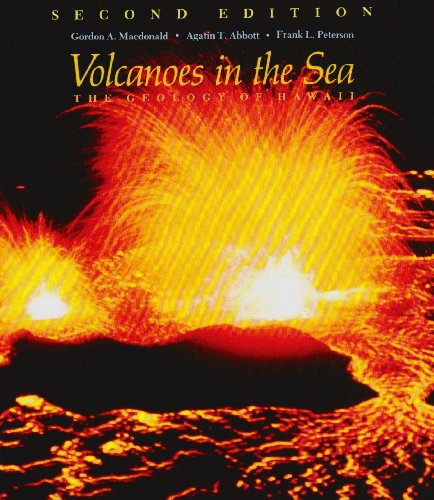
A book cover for Volcanoes in the Sea: The Geology of Hawaii; Gordon Andrew MacDonald; Science & Math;